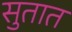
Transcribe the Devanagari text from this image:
सुतात